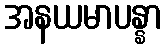
အနယမာပန္နာ